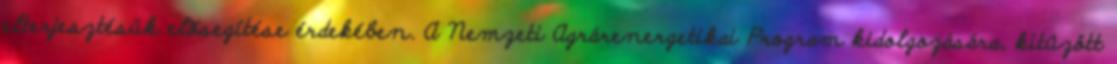
elterjesztésük elõsegítése érdekében. A Nemzeti Agrárenergetikai Program kidolgozására, kitûzött